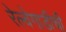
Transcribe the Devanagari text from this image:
रेल्वेगाडीची